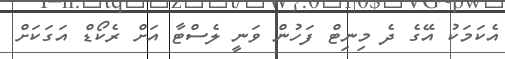
އެކަމަކު އޭގެ ދެ މިނިޓް ފަހުން ވަނީ ލެސްޓާ އަށް ރެކޯޑް އަގަކަށް